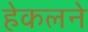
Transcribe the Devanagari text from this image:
हेकलने